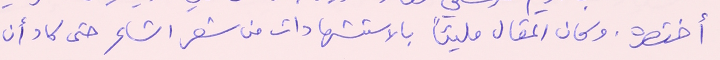
أختصره وكان المقال مليئاً بالاستشهادات من شعر الشاعر حتى كاد أن